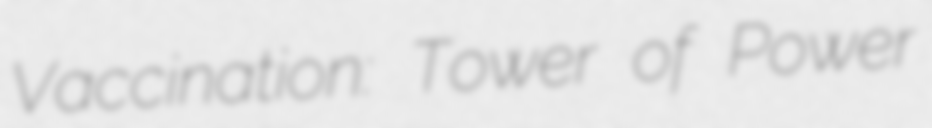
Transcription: Vaccination: Tower of Power